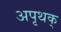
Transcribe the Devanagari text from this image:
अपृथक्